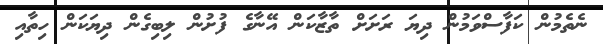
ނެތެމުން ކަފާސްވަމުން ދިޔަ ރަށަށް ތާޒާކަން އޭނާގެ ފުށުން ލިބިގެން ދިޔަކަން ހިތާއި